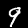
Label: 9